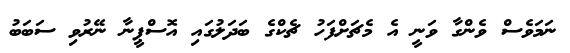
ނަމަވެސް ވެންގާ ވަނީ އެ މެޗަށްފަހު ޗެކްގެ ބަދަލުގައި އޮސްޕީނާ ނޭރުވި ސަބަބު